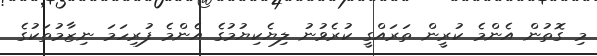
މި ގޮތުން އެންމެ ކުރީން ތަރައްގީ ކުރެވުނު ލިޔެކިޔުމުގެ އެންމެ ފުރިހަމަ ނިޒާމުތަކުގެ